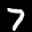
Label: 7